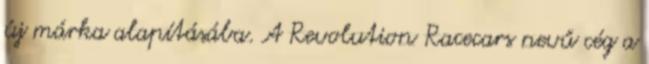
új márka alapításába. A Revolution Racecars nevű cég a